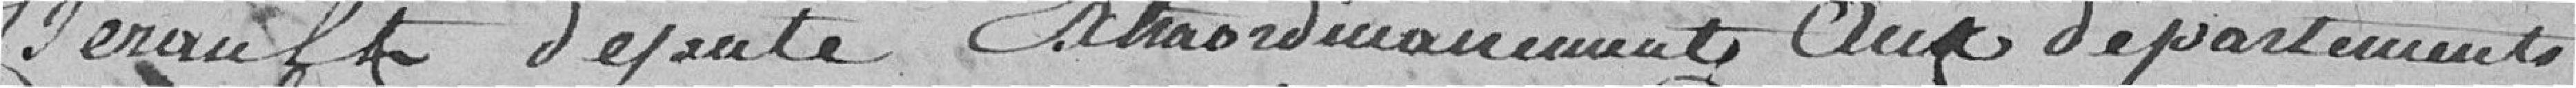
hérault député extraordinairement aux départements